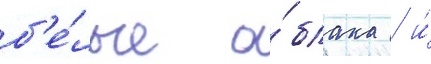
б'е́лые о́блака / и́